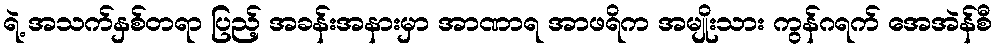
ရဲ့ အသက်နှစ်တရာ ပြည့် အခန်းအနားမှာ အာဏာရ အာဖရိက အမျိုးသား ကွန်ဂရက် အေအဲန်စီ